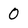
Character: 0